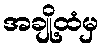
အချို့ထံမှ